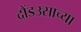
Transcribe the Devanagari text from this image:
दौंडउसाच्या